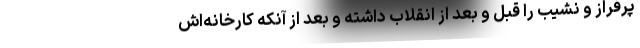
پرفراز و نشیب را قبل و بعد از انقلاب داشته و بعد از آنکه کارخانه‌اش